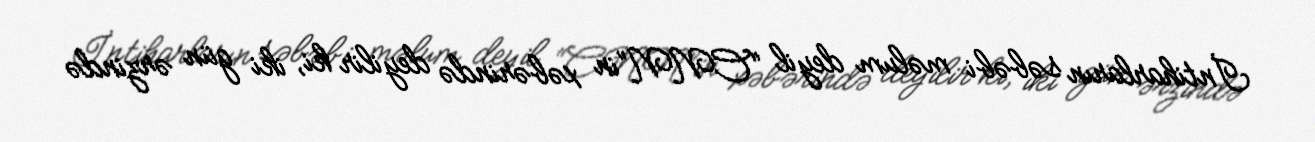
İntiharların səbəbi məlum deyil “CNN”in xəbərində deyilir ki, iki gün ərzində